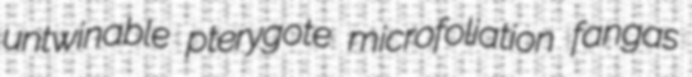
untwinable pterygote microfoliation fangas